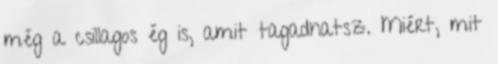
még a csillagos ég is, amit tagadhatsz. Miért, mit